Annual report of the Punjab Veterinary College and of the Civil Veterinary Department, Punjab - 1920-1925
Year: 1920
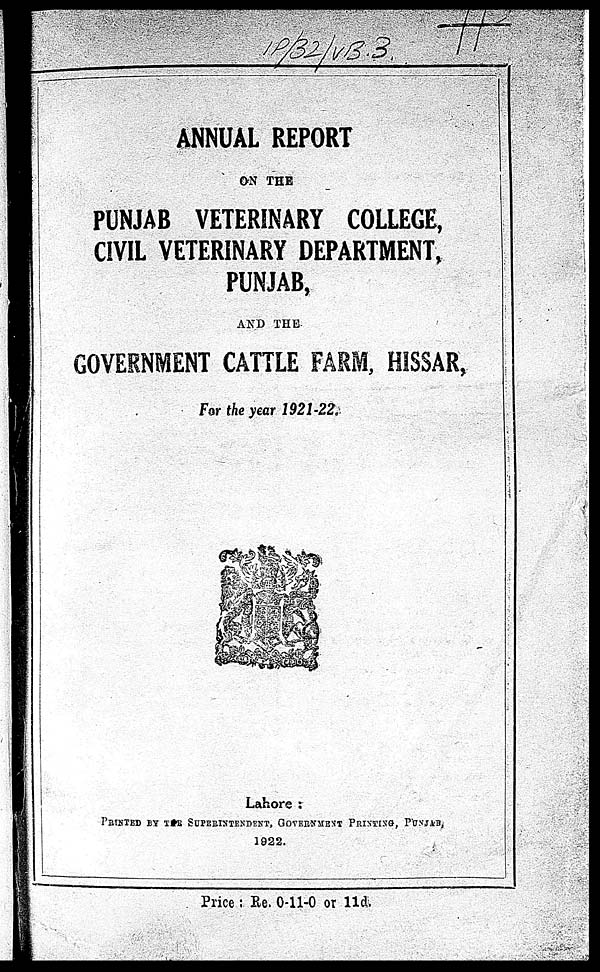
ANNUAL REPORT
ON THE
PUNJAB VETERINARY COLLEGE,
CIVIL VETERINARY DEPARTMENT,
PUNJAB,
AND THE
GOVERNMENT CATTLE FARM, HISSAR,
For the year 1921-22.
Lahore:
PRINTED BY THE SUPERINTENDENT, GOVERNMENT PRINTING, PUNJAB,
1922.
Price: Re. 0-11-0 or 11d.